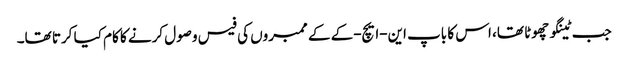
جب ٹینگو چھوٹا تھا، اس کا باپ این-ایچ-کے کے ممبروں کی فیس وصول کرنے کا کام کیا کرتا تھا۔